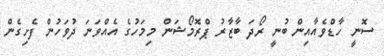
ސޮނީ ހާޑްވެއާއިން ބުނީ ރޯދަ ބާޒާރު ޕްރޮމޯޝަން މިމަހުގެ އެއްވަނަ ދުވަހުން ފެށިގެން